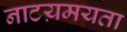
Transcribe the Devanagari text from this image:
नाटय़मयता